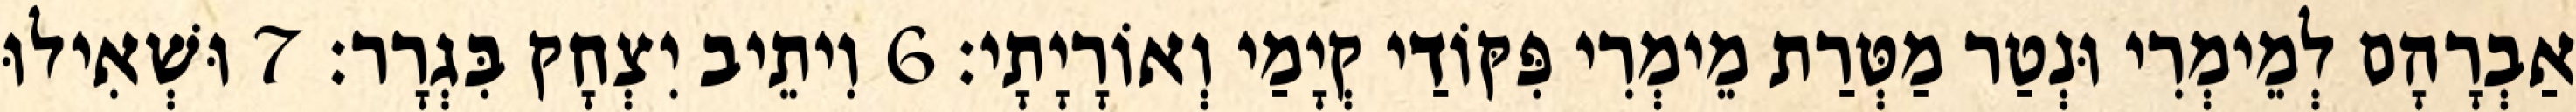
אַבְרָהָם לְמֵימְרִי וּנְטַר מַטְּרַת מֵימְרִי פִּקּוֹדַי קְיָמַי וְאוֹרָיָתָי׃ 6 וִיתֵיב יִצְחָק בִּגְרָר׃ 7 וּשְׁאִילוּ